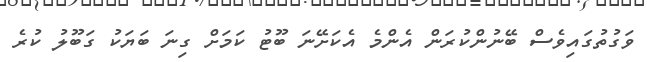
ވަގުތުގައިވެސް ބޭނުންކުރަން އެންމެ އެކަށޭނަ ބޫޓު ކަމަށް ގިނަ ބަޔަކު ގަބޫލު ކުރެ